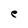
Character: e